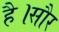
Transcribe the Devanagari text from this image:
है।सौर